Piroplasma canis and its life cycle in the tick - Number 29
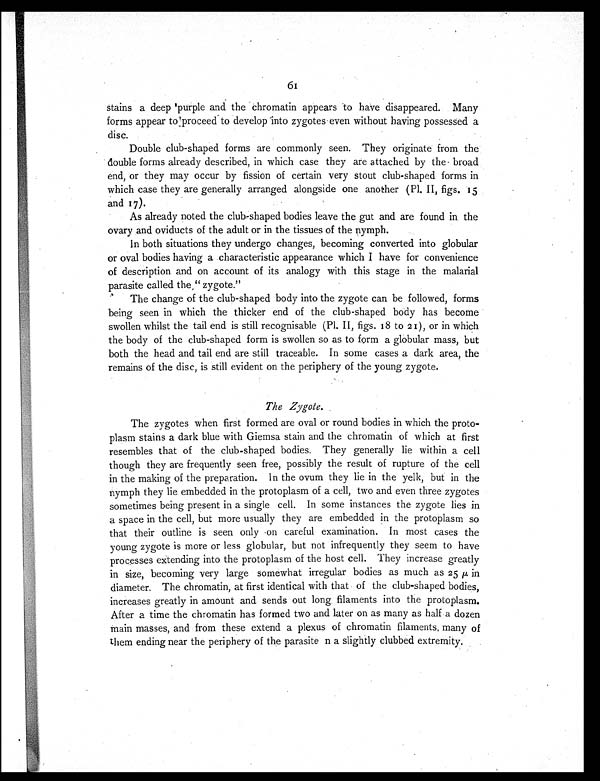
61
stains a deep purple and the chromatin appears to have disappeared. Many
forms appear to proceed to develop into zygotes even without having possessed a
disc.
Double club-shaped forms are commonly seen. They originate from the
double forms already described, in which case they are attached by the broad
end, or they may occur by fission of certain very stout club-shaped forms in
which case they are generally arranged alongside one another (P1. II, figs. 15
and 17).
As already noted the club-shaped bodies leave the gut and are found in the
ovary and oviducts of the adult or in the tissues of the nymph.
In both situations they undergo changes, becoming converted into globular
or oval bodies having a characteristic appearance which I have for convenience
of description and on account of its analogy with this stage in the malarial
parasite called the "zygote."
The change of the club-shaped body into the zygote can be followed, forms
being seen in which the thicker end of the club-shaped body has become
swollen whilst the tail end is still recognisable (Pl. II, figs. 18 to 21), or in which
the body of the club-shaped form is swollen so as to form a globular mass, but
both the head and tail end are still traceable. In some cases a dark area, the
remains of the disc, is still evident on the periphery of the young zygote.
The Zygote.
The zygotes when first formed are oval or round bodies in which the proto-
plasm stains a dark blue with Giemsa stain and the chromatin of which at first
resembles that of the club-shaped bodies. They generally lie within a cell
though they are frequently seen free, possibly the result of rupture of the cell
in the making of the preparation. In the ovum they lie in the yelk, but in the
nymph they lie embedded in the protoplasm of a cell, two and even three zygotes
sometimes being present in a single cell. In some instances the zygote lies in
a space in the cell, but more usually they are embedded in the protoplasm so
that their outline is seen only on careful examination. In most cases the
young zygote is more or less globular, but not infrequently they seem to have
processes extending into the protoplasm of the host cell. They increase greatly
in size, becoming very large somewhat irregular bodies as much as 25 µ in
diameter. The chromatin, at first identical with that of the club-shaped bodies,
increases greatly in amount and sends out long filaments into the protoplasm.
After a time the chromatin has formed two and later on as many as half a dozen
main masses, and from these extend a plexus of chromatin filaments many of
them ending near the periphery of the parasite n a slightly clubbed extremity.